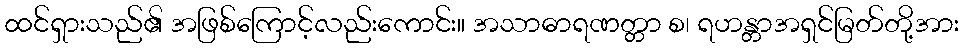
ထင်ရှားသည်၏ အဖြစ်ကြောင့်လည်းကောင်း။ အသာဓာရဏတ္တာ စ၊ ရဟန္တာအရှင်မြတ်တို့အား